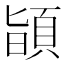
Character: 𩒨